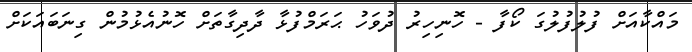
މައްކާއަށް ފުލުފުލުގަ ކޯފާ - ހޮނިހިރު ދުވަހު ޙަރަމްފުޅާ ދާދިގާތަށް ހޮނުއެޅުމުން ގިނަބައަކަށް